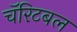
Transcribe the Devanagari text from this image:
चॅरिटबल